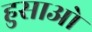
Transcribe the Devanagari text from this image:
हुसाओ